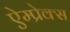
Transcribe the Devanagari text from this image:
ऐम्प्रेक्स